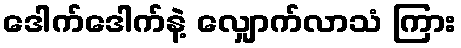
ဒေါက်ဒေါက်နဲ့ လျှောက်လာသံ ကြား